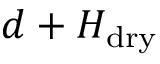
d + H _ { \mathrm { d r y } }